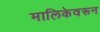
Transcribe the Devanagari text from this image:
मालिकेवरून